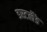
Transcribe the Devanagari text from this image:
डस्टलैंड